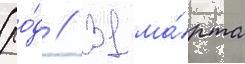
(ро́д // 31 ма́рта